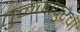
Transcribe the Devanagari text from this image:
तुळजापुरची